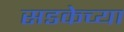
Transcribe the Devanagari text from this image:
सडकेच्या